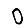
Digit: 0